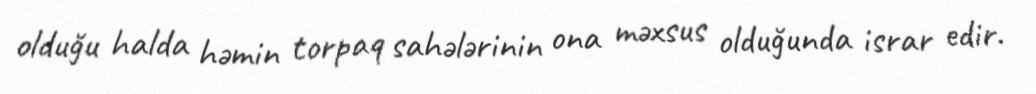
olduğu halda həmin torpaq sahələrinin ona məxsus olduğunda israr edir.